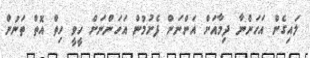
ލައިގެން އަހަންނާ ދިމާއަށް އަންނަން ފެށުމުން އަހަންނަށް ހީވީ ހިތް އޮތް ތަނުން